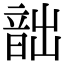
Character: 韷